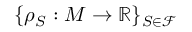
\{ \rho _ { S } : M \to \mathbb { R } \} _ { S \in \mathcal { F } }